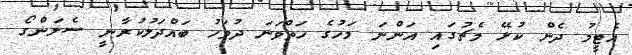
އެޓީމު ދެން ކުޅޭ މެޗުގައި އަންނަ މަހުގެ ހަތްވަނަ ދުވަހު ބައްދަލުކުރާނީ ސެލަންގޯ